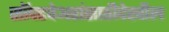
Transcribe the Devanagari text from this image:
सॉफ्टवेअरांसाठीदेखील